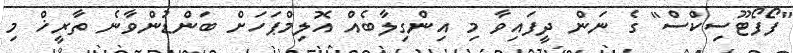
"ފޯފޯޓޫސިކްސް" ގެ ނަން ދީފައިވާ މި އިންގިލާބެއް އޮލިމްޕަހަށް ބަންޑުންވާނެ ތާރީޚް މި